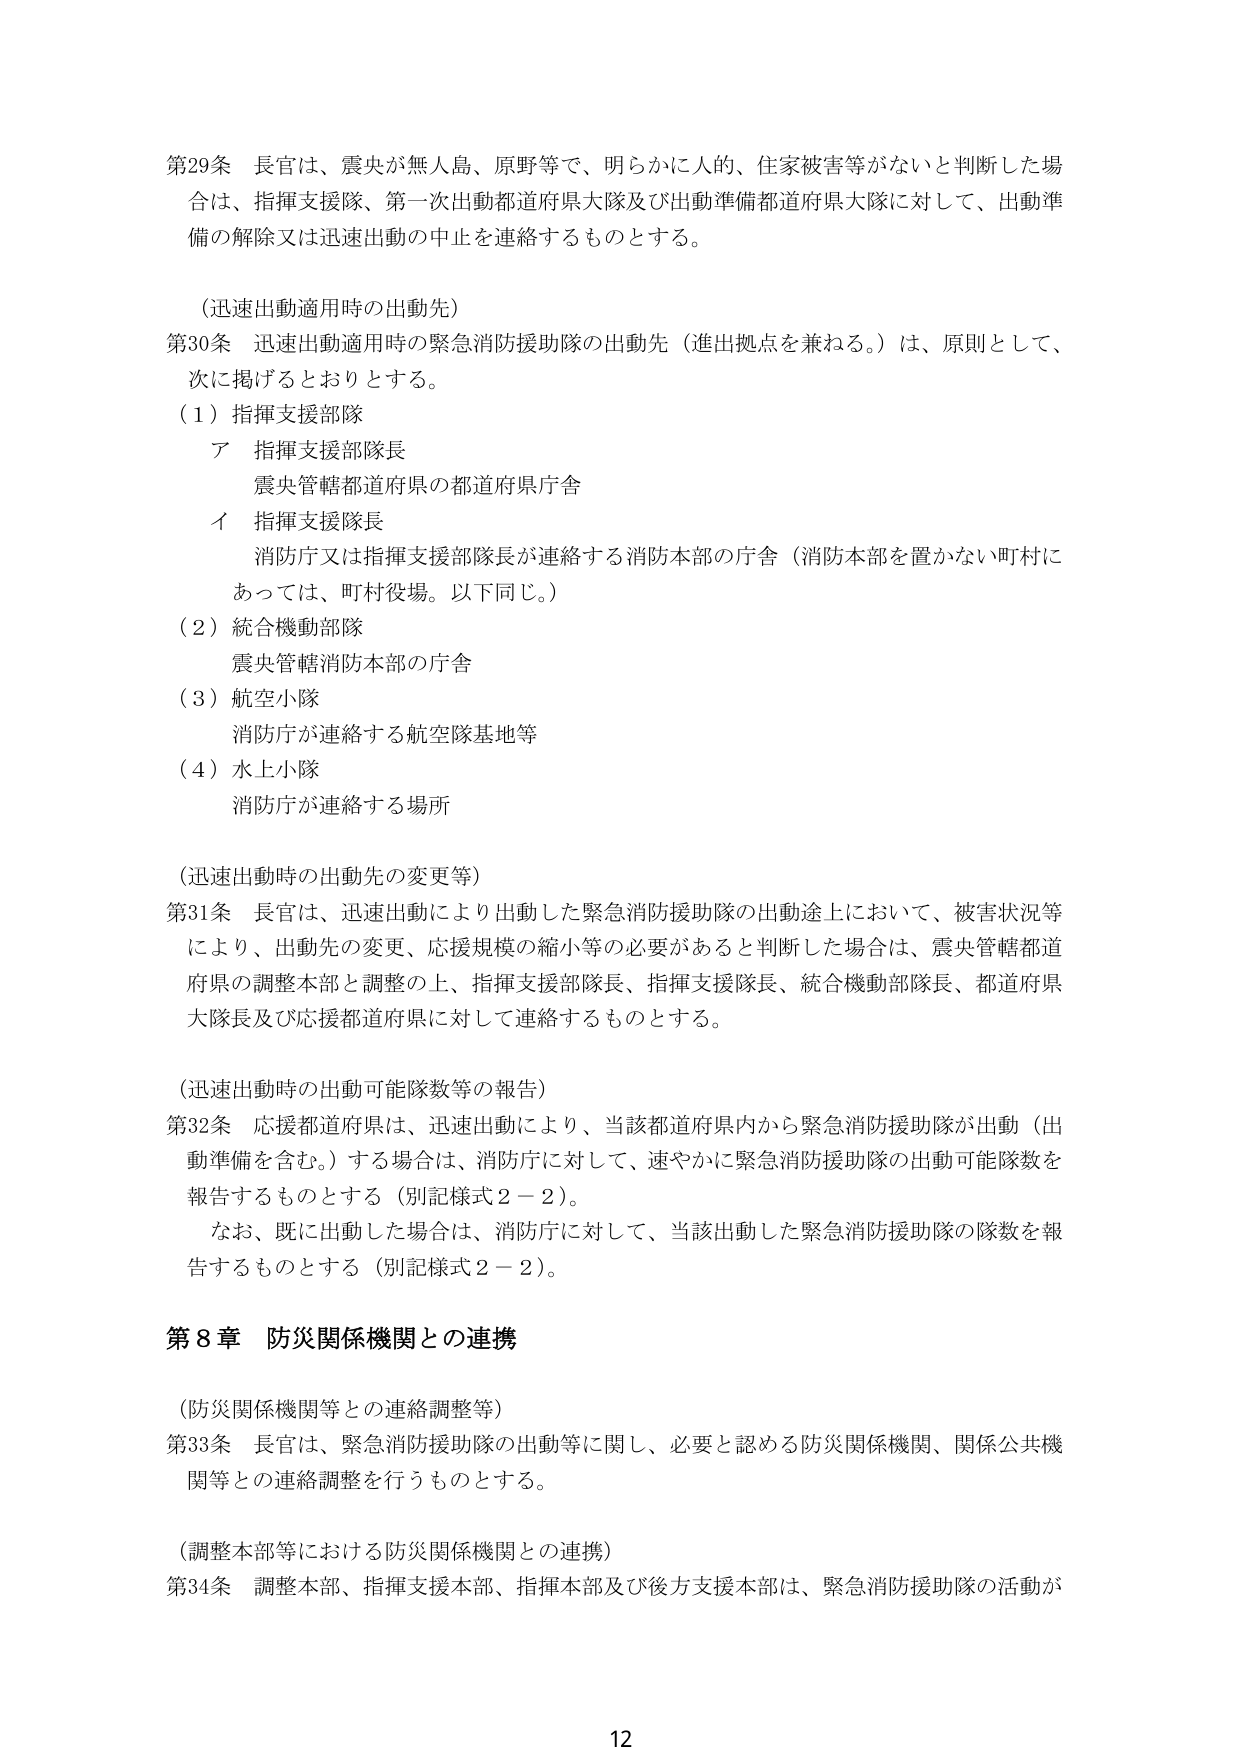
第29条 長官は、震央が無人島、原野等で、明らかに人的、住家被害等がないと判断した場合、指揮支援隊、第一次出動都道府県大隊及び出動準備都道府県大隊に対して、出動準備の解除又は迅速出動の中止を連絡するものとする。

（迅速出動適用時の出動先）
第30条 迅速出動適用時の緊急消防援助隊の出動先（進出拠点を兼ねる。）は、原則として、次に掲げるとおりとする。
（1）指揮支援部隊
　ア 指揮支援部隊長
　　　震央管轄都道府県の都道府県庁舎
　イ 指揮支援隊長
　　　消防庁又は指揮支援部隊長が連絡する消防本部の庁舎（消防本部を置かない町村にあっては、町村役場。以下同じ。）
（2）統合機動部隊
　　　震央管轄消防本部の庁舎
（3）航空小隊
　　　消防庁が連絡する航空隊基地等
（4）水上小隊
　　　消防庁が連絡する場所

（迅速出動時の出動先の変更等）
第31条 長官は、迅速出動により出動した緊急消防援助隊の出動途上において、被害状況等により、出動先の変更、応援規模の縮小等の必要があると判断した場合は、震央管轄都道府県の調整本部と調整の上、指揮支援部隊長、指揮支援隊長、統合機動部隊長、都道府県大隊長及び応援都道府県に対して連絡するものとする。

（迅速出動時の出動可能隊数等の報告）
第32条 応援都道府県は、迅速出動により、当該都道府県内から緊急消防援助隊が出動（出動準備を含む。）する場合は、消防庁に対して、速やかに緊急消防援助隊の出動可能隊数を報告するものとする（別記様式2－2）。
　　なお、既に出動した場合は、消防庁に対して、当該出動した緊急消防援助隊の隊数を報告するものとする（別記様式2－2）。

第8章 防災関係機関との連携

（防災関係機関等との連絡調整等）
第33条 長官は、緊急消防援助隊の出動等に関し、必要と認める防災関係機関、関係公共機関等との連絡調整を行うものとする。

（調整本部等における防災関係機関との連携）
第34条 調整本部、指揮支援本部、指揮本部及び後方支援本部は、緊急消防援助隊の活動が

12